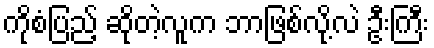
ကိုစံပြည့် ဆိုတဲ့လူက ဘာဖြစ်လို့လဲ ဦးကြီး